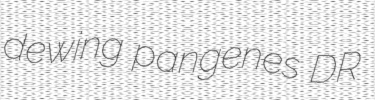
dewing pangenes DR